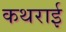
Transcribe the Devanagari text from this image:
कथराई